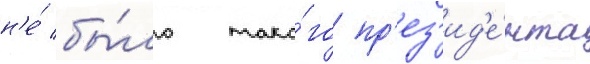
н'е́ бы́ло тако́го пр'ез'ид'е́нта